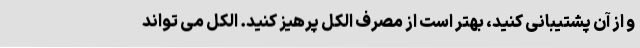
و از آن پشتیبانی کنید، بهتر است از مصرف الکل پرهیز کنید. الکل می تواند